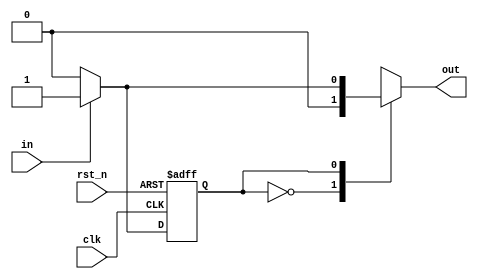
module Mealy_machine(in,out,clk,rst_n);
    input clk;
    input rst_n;
    input in;
    output out;
    reg out;

    parameter s0 =2'h0;
    parameter s1 =2'h1;

    reg c_state;
    reg n_state;
    always @ (posedge clk or negedge rst_n)
        if (!rst_n)
            c_state <= s0;
        else
            c_state <= n_state;

    always @ (c_state or in)
        case(c_state)
            s0: begin
                n_state = (in==1'b1)?s1:c_state;
                out = 1'b0;
            end
            s1: begin
                n_state = (in==1'b0) ? s0:c_state;
                out = (in==1'b1)? 1'b1:1'b0;
            end
            default: begin
                n_state = s0;
                out = 1'b0;
            end
        endcase
endmodule